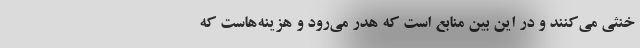
خنثی می‌کنند و در این بین منابع است که هدر می‌رود و هزینه‌هاست که